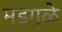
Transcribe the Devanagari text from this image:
मडगुळे